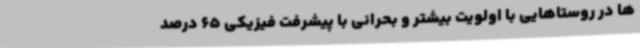
ها در روستاهایی با اولویت بیشتر و بحرانی با پیشرفت فیزیکی 65 درصد